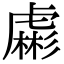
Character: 虨